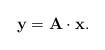
LaTeX: \begin{align*}\mathbf{y}=\mathbf{A}\cdot\mathbf{x}.\end{align*}